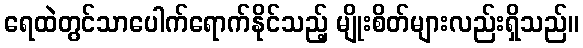
ရေထဲတွင်သာပေါက်ရောက်နိုင်သည့် မျိုးစိတ်များလည်းရှိသည်။